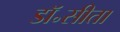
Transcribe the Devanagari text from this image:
डॉ॰सीता